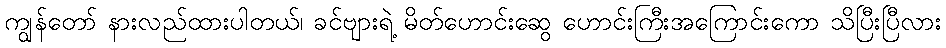
ကျွန်တော် နားလည်ထားပါတယ်၊ ခင်ဗျားရဲ့ မိတ်ဟောင်းဆွေ ဟောင်းကြီးအကြောင်းကော သိပြီးပြီလား